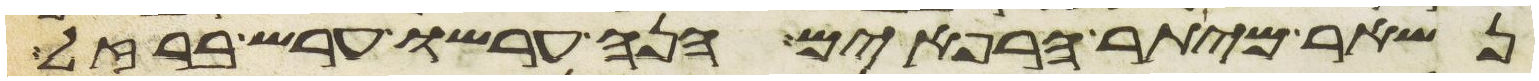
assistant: נשאר מיתר הרפאים הנה ערשו ערש ברזל